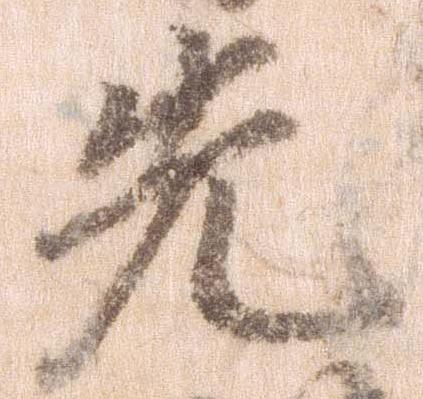
先